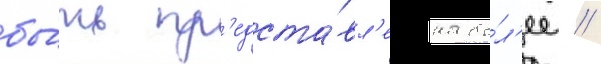
бы́ть пр'едста́вл'ена бо́л'ее /